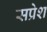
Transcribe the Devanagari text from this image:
सप्रेश